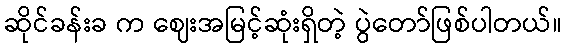
ဆိုင်ခန်းခ က ဈေးအမြင့်ဆုံးရှိတဲ့ ပွဲတော်ဖြစ်ပါတယ်။